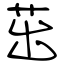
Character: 茁